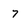
Character: 7